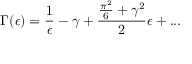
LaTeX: \Gamma ( \epsilon ) = \frac { 1 } { \epsilon } - \gamma + \frac { \frac { \pi ^ { 2 } } { 6 } + { \gamma } ^ { 2 } } { 2 } \epsilon + . . .